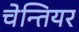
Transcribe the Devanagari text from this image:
चेन्तियर